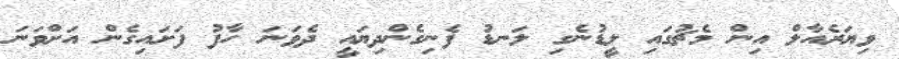
ވިޔަރެއާލް އިން މެޗުގައި ލީޑުނެގި ލަނޑު ފެނިގެންދިޔައީ ދެވަނަ ހާފު ފަށައިގެން އަށްވަނަ